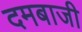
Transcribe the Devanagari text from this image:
दमबाजी